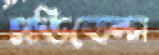
প্রভিডেন্স